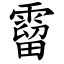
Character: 霤